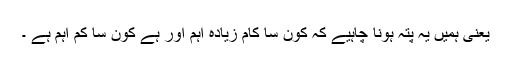
یعنی ہمیں یہ پتہ ہونا چاہیے کہ کون سا کام زیادہ اہم اور ہے کون سا کم اہم ہے ۔